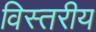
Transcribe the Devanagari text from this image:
विस्तरीय